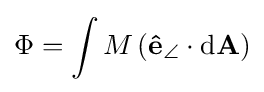
\Phi =\int M\left(\mathbf {\hat {e}} _{\angle }\cdot \mathrm {d} \mathbf {A} \right)